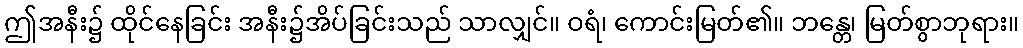
ဤအနီး၌ ထိုင်နေခြင်း အနီး၌အိပ်ခြင်းသည် သာလျှင်။ ဝရံ၊ ကောင်းမြတ်၏။ ဘန္တေ၊ မြတ်စွာဘုရား။